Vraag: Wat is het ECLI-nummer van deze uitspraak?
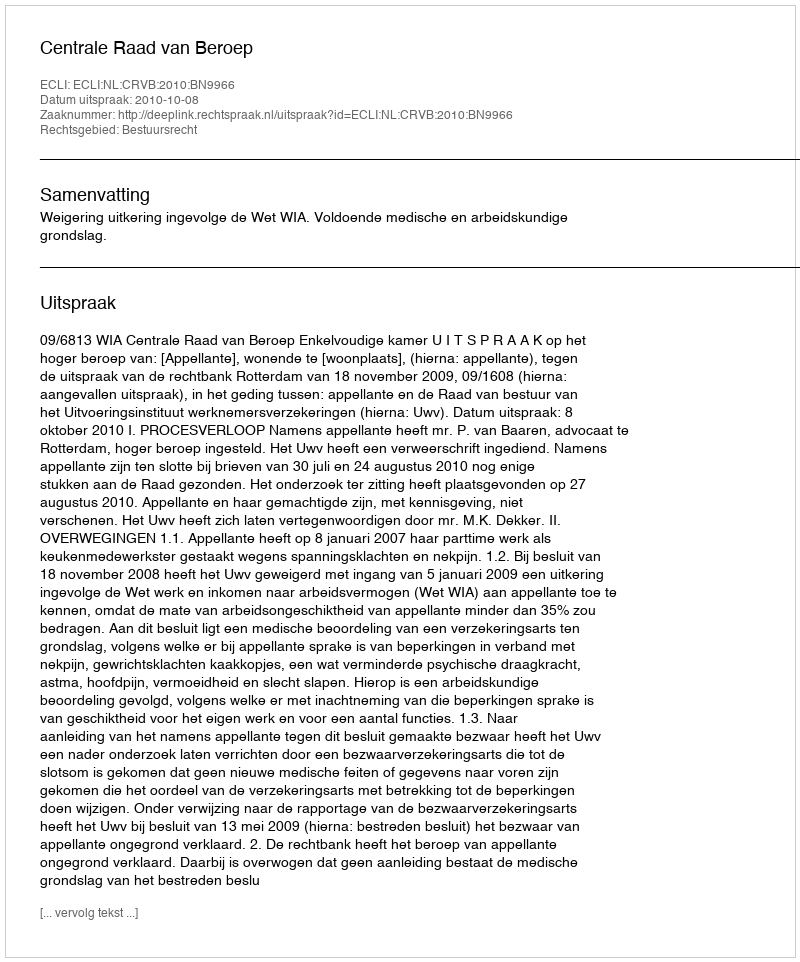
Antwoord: ECLI:NL:CRVB:2010:BN9966